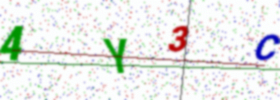
Text: 4Y3C